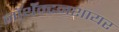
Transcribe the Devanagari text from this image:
नॉर्थॅम्टनशायर